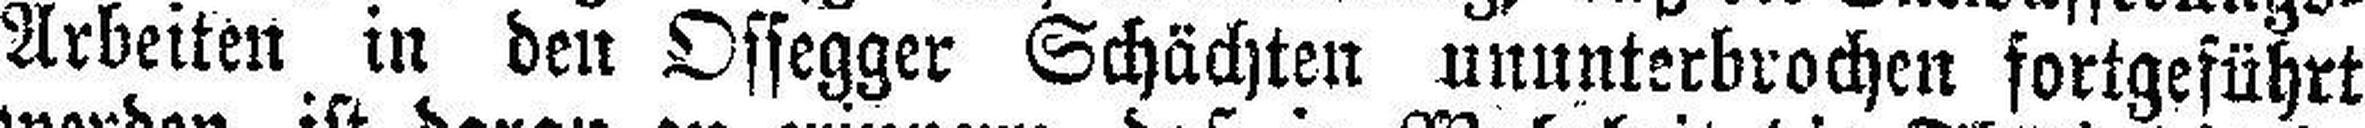
Arbeiten in den Ossegger Schächten ununterbrochen fortgeführt